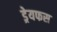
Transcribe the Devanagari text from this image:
ड्रेयफस